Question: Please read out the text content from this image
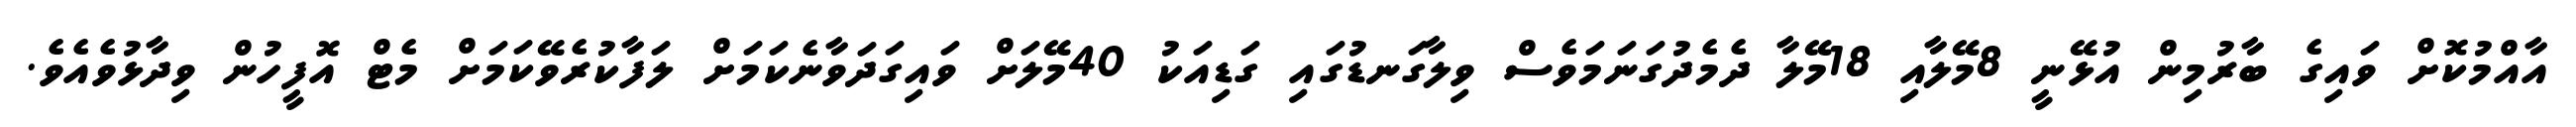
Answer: އާއްމުކޮށް ވައިގެ ބާރުމިން އުޅޭނީ 8މޭލާއި 18މޭލާ ދެމެދުގަނަމަވެސް ވިލާގަނޑުގައި ގަޑިއަކު 40މޭލަށް ވައިގަދަވާނެކަމަށް ލަފާކުރެވޭކަމަށް މެޓް އޮފީހުން ވިދާޅުވެއެވެ.